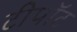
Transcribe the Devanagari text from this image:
टीपॉट